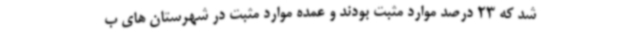
شد که 23 درصد موارد مثبت بودند و عمده موارد مثبت در شهرستان های ب